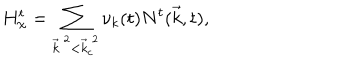
H _ { \chi } ^ { t } = \sum _ { { \vec { k } } ^ { ~ 2 } < { \vec { k } } _ { c } ^ { ~ 2 } } { \nu } _ { k } ( t ) N ^ { t } ( { \vec { k } } , t ) ,